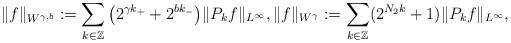
LaTeX: \begin{align*} \| f \|_{W^{\gamma, b}} := \sum_{k\in\mathbb{Z}} \big(2^{\gamma k_+ } + 2^{b k_{-}}\big) \| P_{k} f\|_{L^\infty} ,\| f\|_{W^{\gamma}}: = \sum_{k \in \mathbb{Z}} (2^{N_2 k} + 1) \| P_k f \|_{L^\infty},\end{align*}